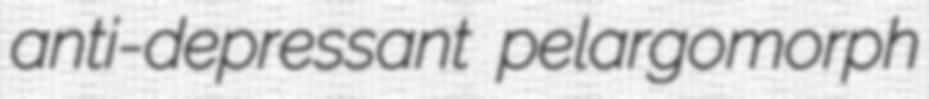
anti-depressant pelargomorph